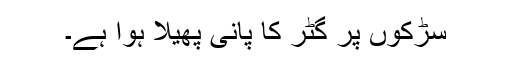
سڑکوں پر گٹر کا پانی پھیلا ہوا ہے۔